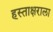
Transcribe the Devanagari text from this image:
हस्ताक्षराला